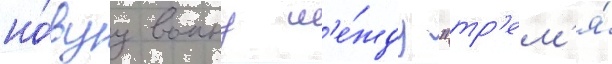
но́вуу воину м'е́жду "тр'ем'я́